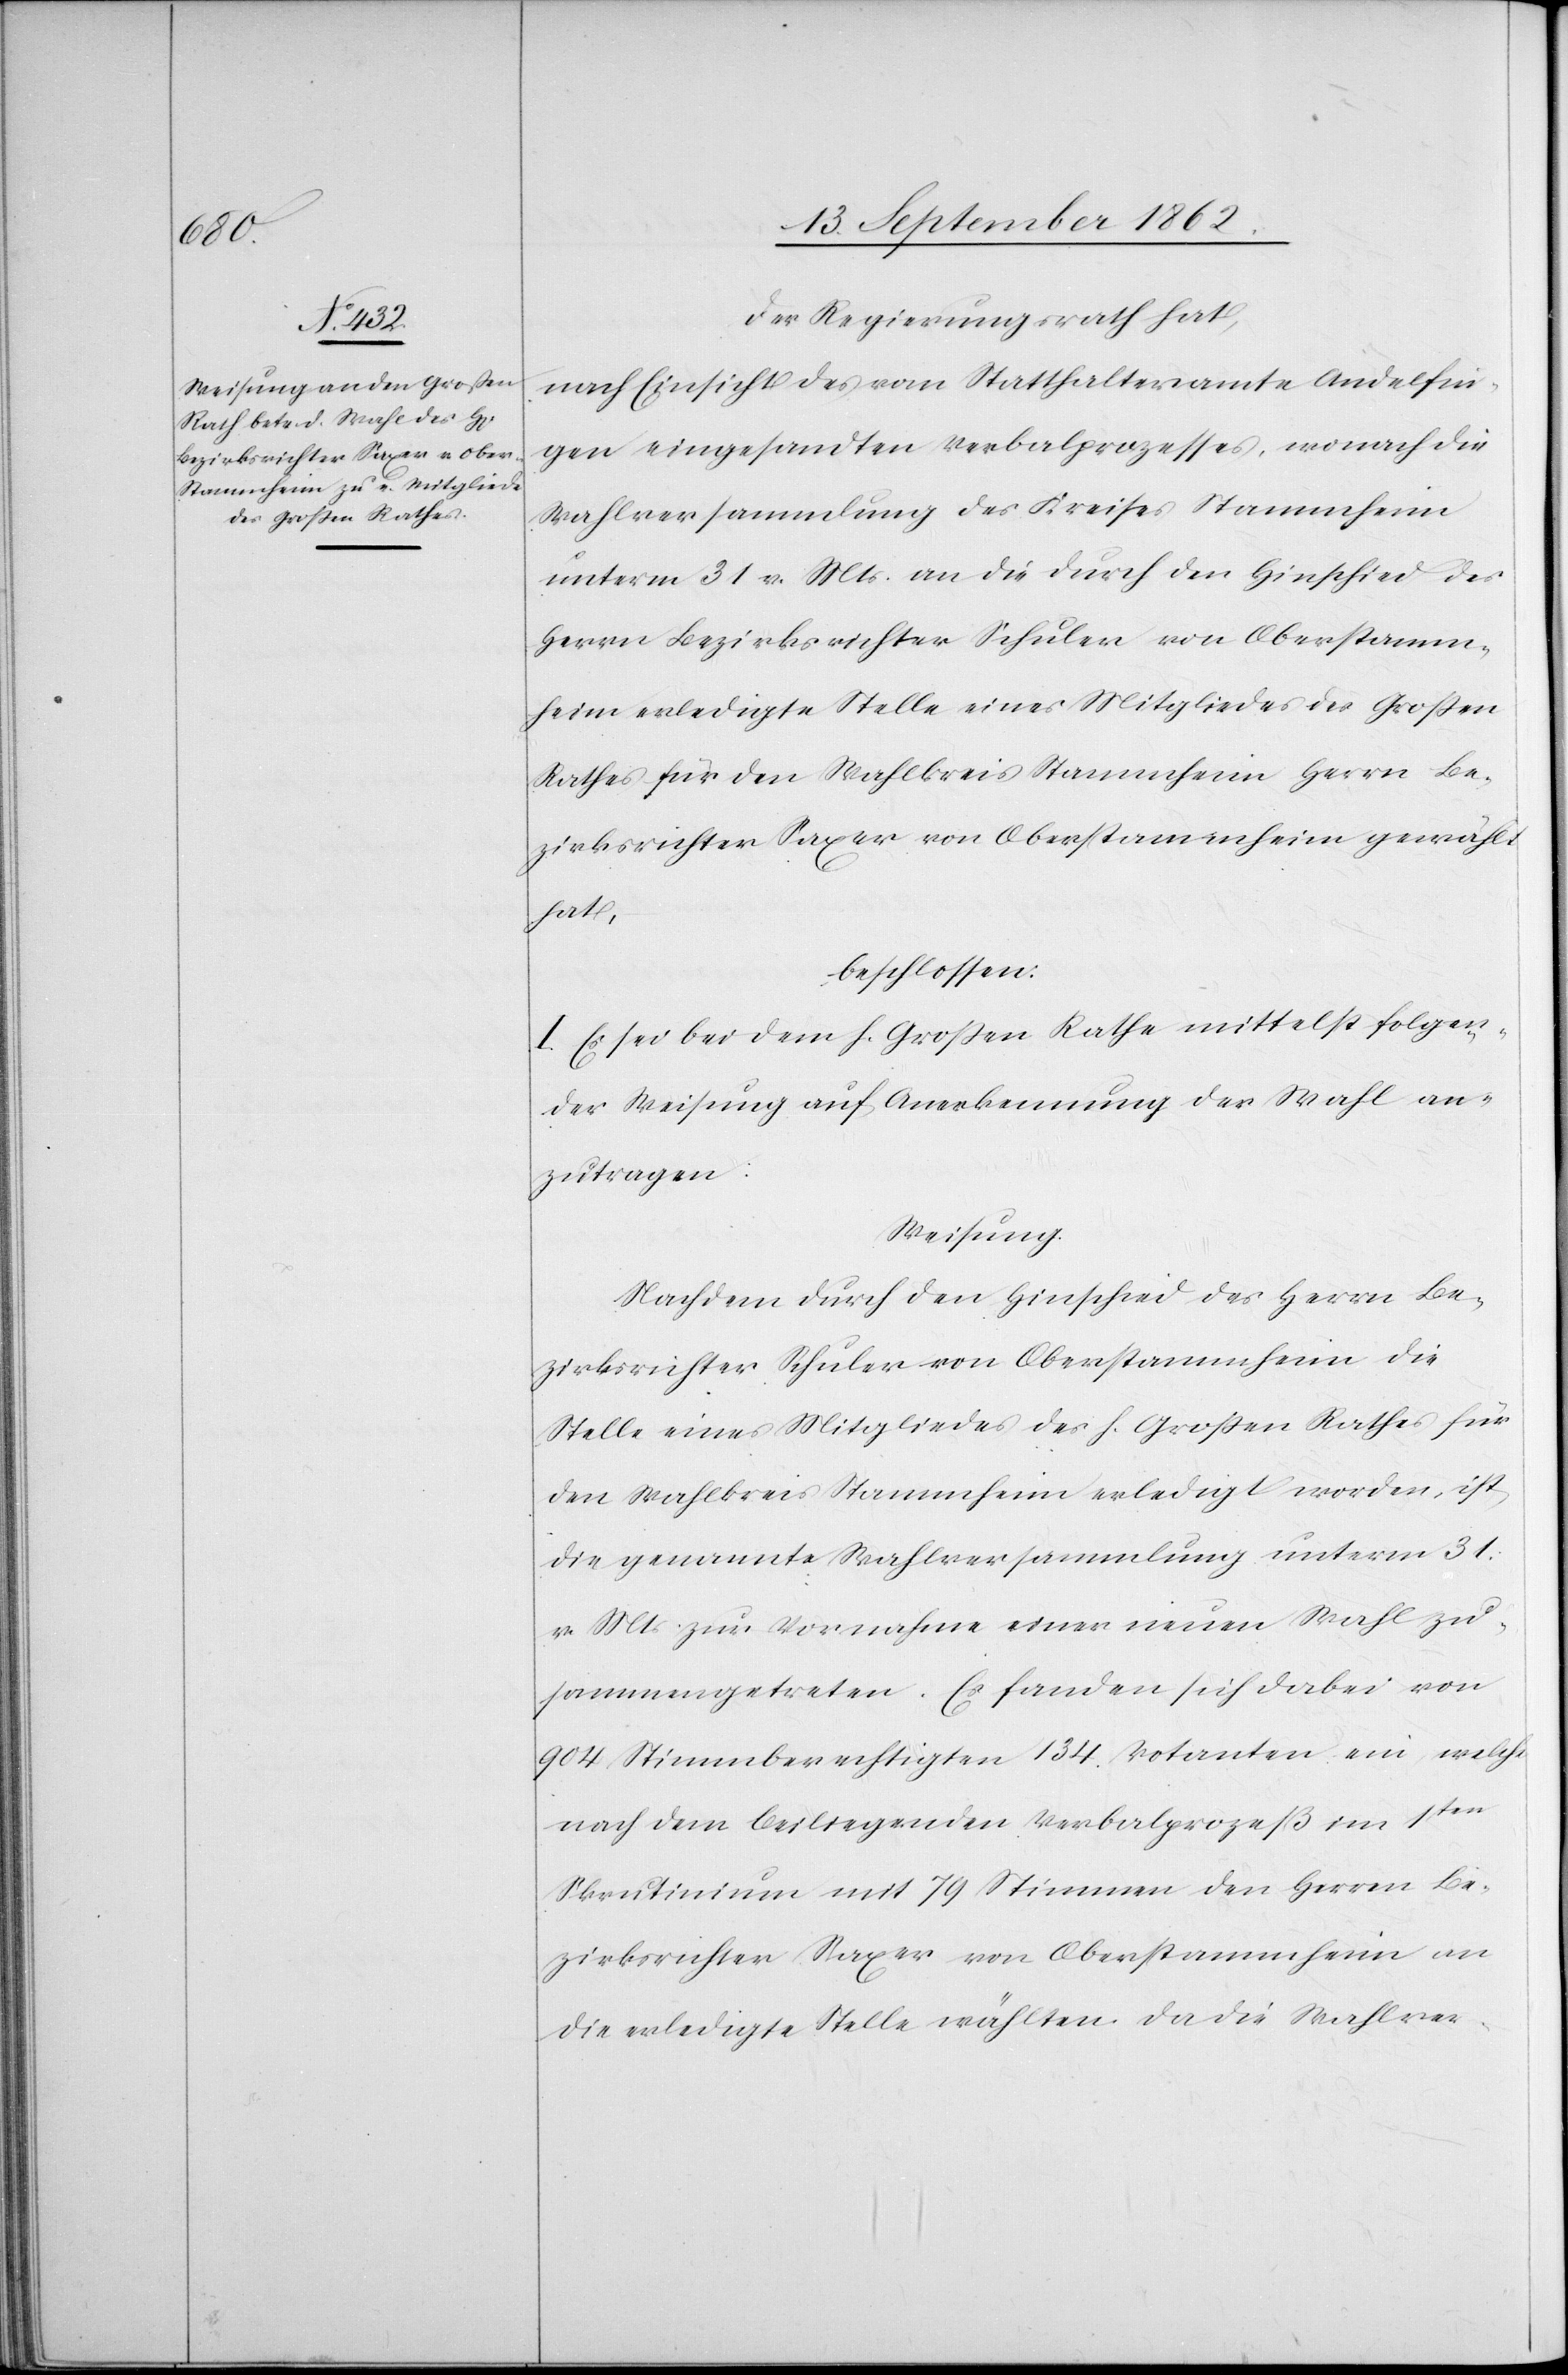
Der Regierungsrath hat,
nach Einsicht des vom Statthalteramte Andelfin¬
gen eingesandten Verbalprozesses, wonach die
Wahlversammlung des Kreises Stammheim
unterm 31. v. Mts. an die durch den Hinschied des
Herrn Bezirksrichter Schuler von Oberstamm¬
heim erledigte Stelle eines Mitgliedes des Großen
Rathes für den Wahlkreis Stammheim Herrn Be¬
zirksrichter Saxer von Oberstammheim gewählt
hat,
beschlossen:
I. Es sei bei dem h. Großen Rathe mittelst folgen¬
der Weisung auf Anerkennung der Wahl an¬
zutragen:
Weisung.
Nachdem durch den Hinschied des Herrn Be¬
zirksrichter Schuler von Oberstammheim die
Stelle eines Mitgliedes des h. Großen Rathes für
den Wahlkreis Stammheim erledigt worden, ist
die genannte Wahlversammlung unterm 31.
v. Mts. zur Vornahme einer neuen Wahl zu¬
sammengetreten. Es fanden sich dabei von
904 Stimmberechtigten 134 Votanten ein welche
nach dem beiliegenden Verbalprozeß im 1ten
Skrutinium mit 79 Stimmen den Herrn Be¬
zirksrichter Saxer von Oberstammheim an
die erledigte Stelle wählten da die Wahlver-